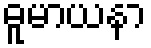
ဓူမာယနာ